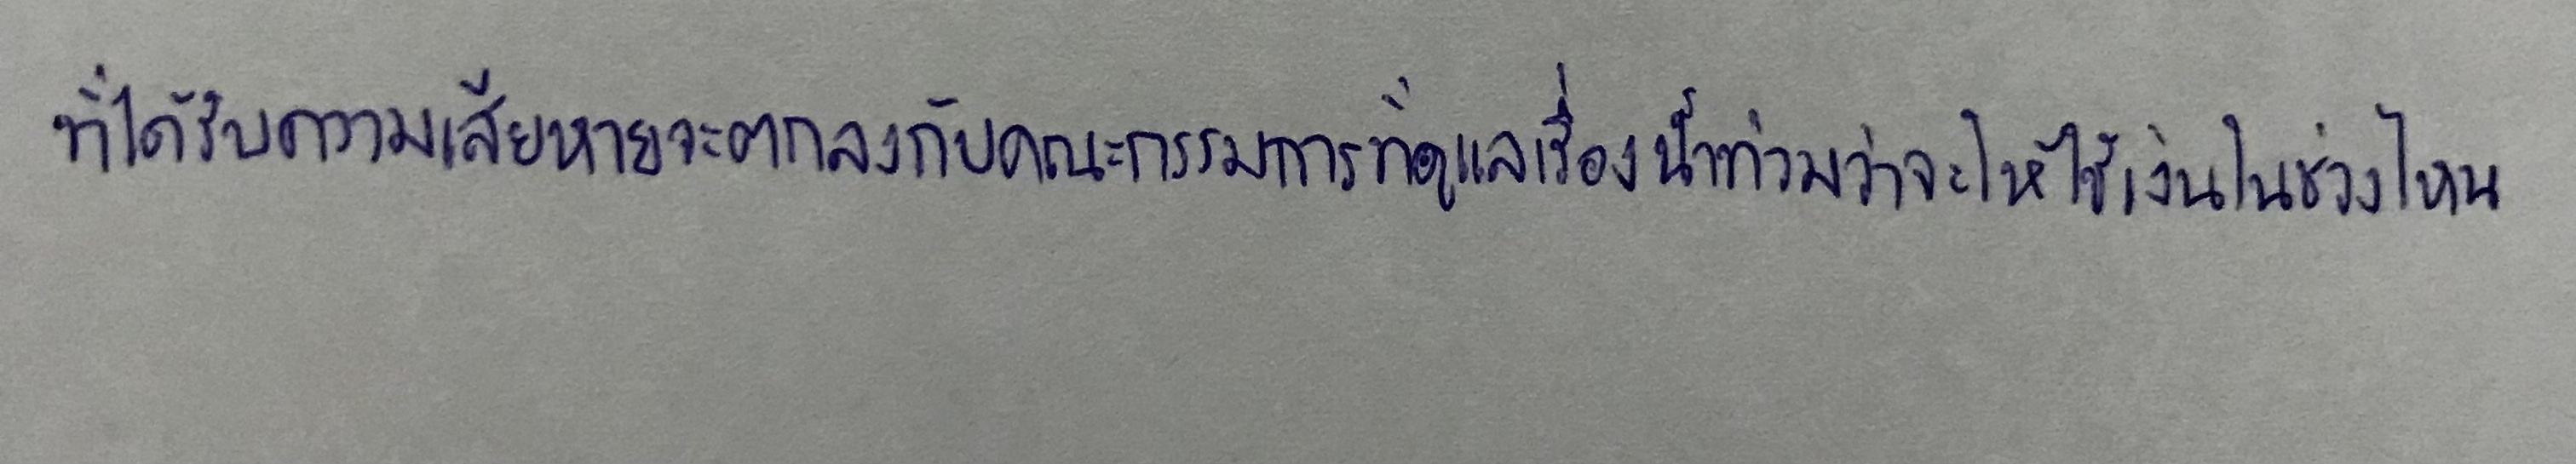
ที่ได้รับความเสียหายจะตกลงกับคณะกรรมการที่ดูแลเรื่องน้ำท่วมว่าจะให้ใช้เงินในช่วงไหน